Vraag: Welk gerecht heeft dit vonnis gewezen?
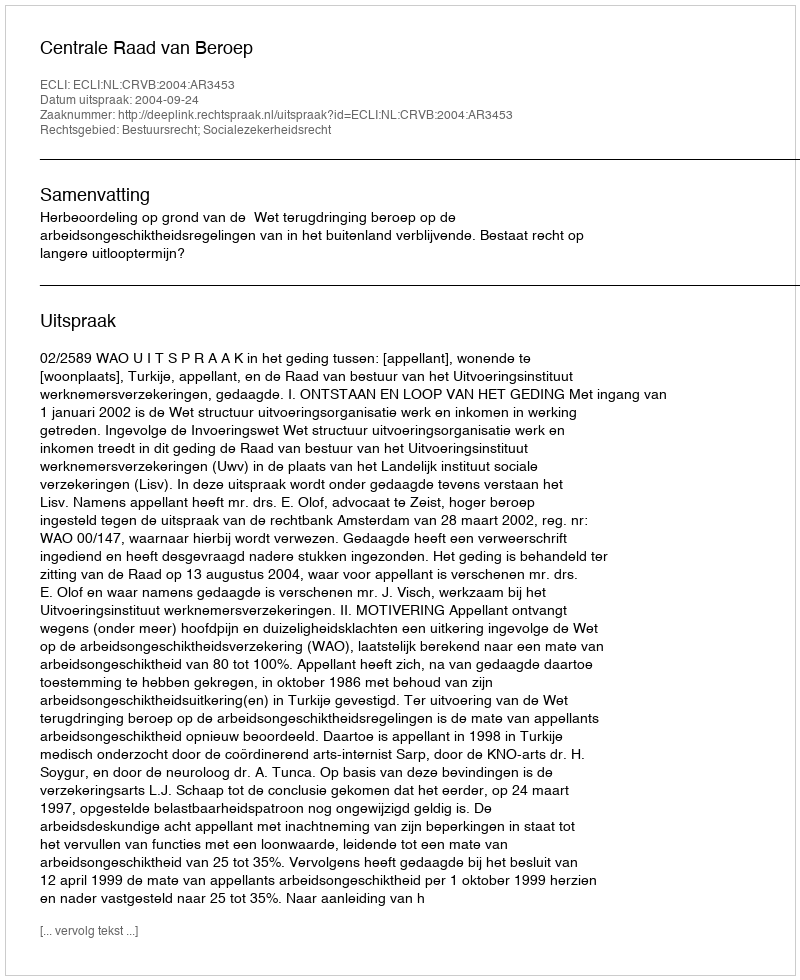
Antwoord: Centrale Raad van Beroep